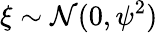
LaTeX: \xi\sim\mathcal{N}(0,\psi^{2})